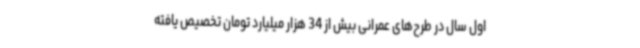
اول سال در طرح‌های عمرانی بیش از 34 هزار میلیارد تومان تخصیص یافته